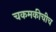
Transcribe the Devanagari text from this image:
चकमकीचीच